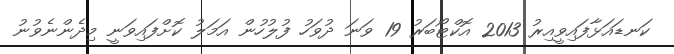
ކަނޑައަޅާފައިވީއިރު 2013 އޮކްޓޯބަރު 19 ވަނަ ދުވަހު ފުލުހުން އަމަލު ކޮށްފައިވަނީ މިދެންނެވުނު